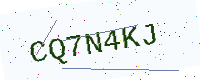
Text: CQ7N4KJ